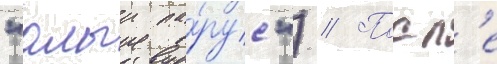
"алыи па́рус") // Посл'е